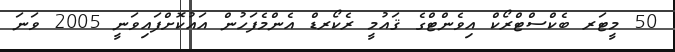
50 މީޓަރ ބެކްސްޓްރޯކް އިވެންޓްގެ ޤައުމީ ރެކޯރޑް އެންމެފަހުން އައުކޮށްފައިވަނީ 2005 ވަނަ